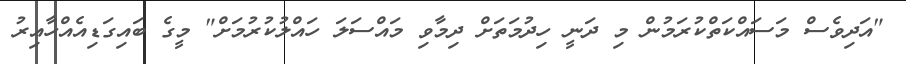
"އަދިވެސް މަސައްކަތްކުރަމުން މި ދަނީ ހިދުމަތަށް ދިމާވި މައްސަލަ ހައްލުކުރުމަށް" މީގެ ބައިގަޑިއެއްހާއިރު